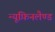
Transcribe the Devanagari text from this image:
न्यूफ़िनलैण्ड